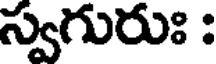
స్వగురుః :